Lunatic asylums in Bengal annual reports 1899-1911 - 1899-1911
Year: 1899
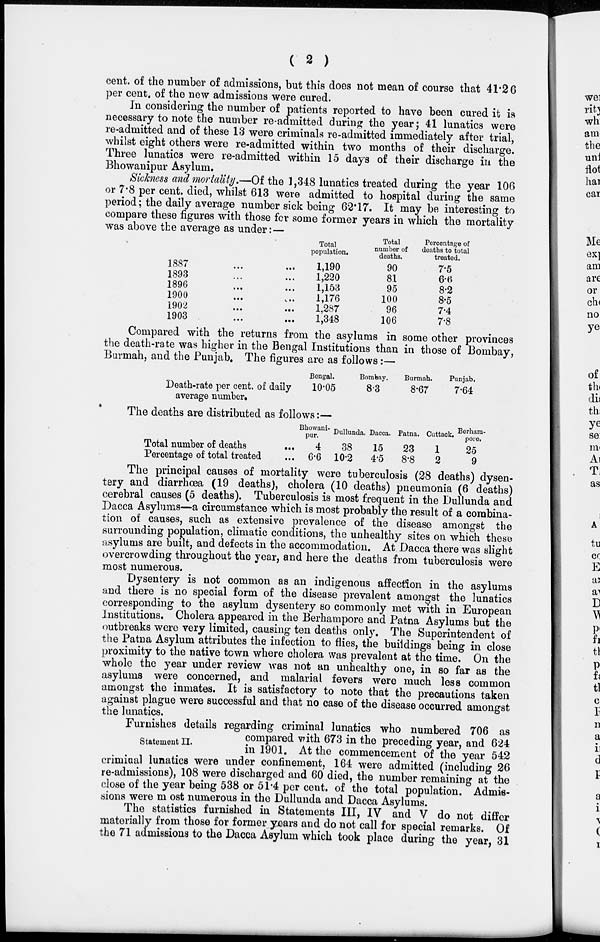
( 2 )
cent. of the number of admissions, but this does not mean of course that 41.26
per cent. of the new admissions were cured.
In considering the number of patients reported to have been cured it is
necessary to note the number re-admitted during the year; 41 lunatics were
re-admitted and of these 13 were criminals re-admitted immediately after trial,
whilst eight others were re-admitted within two months of their discharge.
Three lunatics were re-admitted within 15 days of their discharge in the
Bhowanipur Asylum.
Sickness and mortality.—Of the 1,348 lunatics treated during the year 106
or 7.8 per cent. died, whilst 613 were admitted to hospital during the same
period; the daily average number sick being 62.17. It may be interesting to
compare these figures with those for some former years in which the mortality
was above the average as under:—
1887 ... ...
1893 ... ...
1896 ... ...
1900 ... ...
1902
...
...
1903 ... ...
Total
population.
1,190
1,220
1,153
1,176
1,287
1,348
Total
number of
deaths.
90
81
95
100
96
106
Percentage of
deaths to total
treated.
7.5
6.6
8.2
8.5
7.4
7.8
Compared with the returns from the asylums in some other provinces
the death-rate was higher in the Bengal Institutions than in those of Bombay,
Burmah, and the Punjab. The figures are as follows:—
Death-rate per cent. of daily
average number.
Bengal.
10.05
Bombay.
8.3
Burmah.
8.67
Punjab.
7.64
The deaths are distributed as follows:—
Total number of deaths ...
Percentage of total treated ...
Bhowani-
pur.
4
6.6
Dullunda.
38
10.2
Dacca.
15
4.5
Patna.
23
8.8
Cuttack.
1
2
Berham-
pore.
25
9
The principal causes of mortality were tuberculosis (28 deaths) dysen-
tery and diarrhœa (19 deaths), cholera (10 deaths) pneumonia (6 deaths)
cerebral causes (5 deaths). Tuberculosis is most frequent in the Dullunda and
Dacca Asylums—a circumstance which is most probably the result of a combina-
tion of causes, such as extensive prevalence of the disease amongst the
surrounding population, climatic conditions, the unhealthy sites on which these
asylums are built, and defects in the accommodation. At Dacca there was slight
overcrowding throughout the year, and here the deaths from tuberculosis were
most numerous.
Dysentery is not common as an indigenous affection in the asylums
and there is no special form of the disease prevalent amongst the lunatics
corresponding to the asylum dysentery so commonly met with in European
Institutions. Cholera appeared in the Berhampore and Patna Asylums but the
outbreaks were very limited, causing ten deaths only. The Superintendent of
the Patna Asylum attributes the infection to flies, the buildings being in close
proximity to the native town where cholera was prevalent at the time. On the
whole the year under review was not an unhealthy one, in so far as the
asylums were concerned, and malarial fevers were much less common
amongst the inmates. It is satisfactory to note that the precautions taken
against plague were successful and that no case of the disease occurred amongst
the lunatics.
Statement II.
Furnishes details regarding criminal lunatics who numbered 706 as
compared with 673 in the preceding year, and 624
in 1901. At the commencement of the year 542
criminal lunatics were under confinement, 164 were admitted (including 26
re-admissions), 108 were discharged and 60 died, the number remaining at the
close of the year being 538 or 51.4 per cent. of the total population. Admis-
sions were most numerous in the Dullunda and Dacca Asylums.
The statistics furnished in Statements III, IV and V do not differ
materially from those for former years and do not call for special remarks. Of
the 71 admissions to the Dacca Asylum which took place during the year, 31